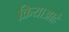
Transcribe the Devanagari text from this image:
क्रियाआहे